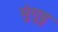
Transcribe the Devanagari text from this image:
मुंगुडु